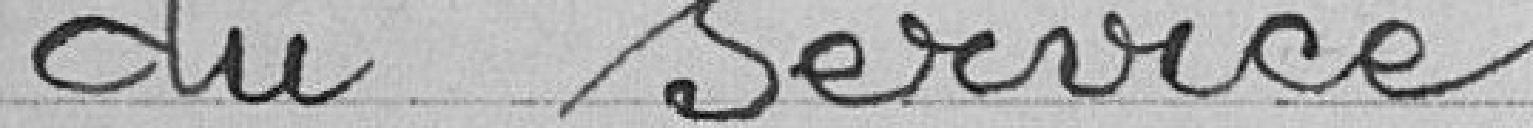
du service